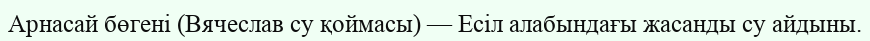
Арнасай бөгені (Вячеслав су қоймасы) — Есіл алабындағы жасанды су айдыны.